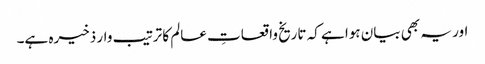
اور یہ بھی بیان ہوا ہے کہ تاریخ واقعاتِ عالم کا ترتیب وار ذخیرہ ہے۔